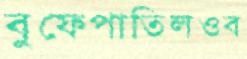
বুফেপাতিলওব